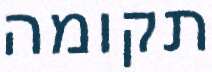
תקומה